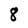
Character: 8